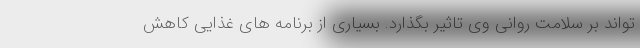
تواند بر سلامت روانی وی تاثیر بگذارد. بسیاری از برنامه های غذایی کاهش